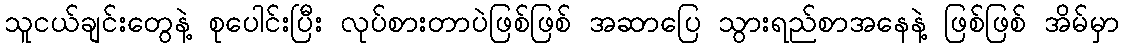
သူငယ်ချင်းတွေနဲ့ စုပေါင်းပြီး လုပ်စားတာပဲဖြစ်ဖြစ် အဆာပြေ သွားရည်စာအနေနဲ့ ဖြစ်ဖြစ် အိမ်မှာ